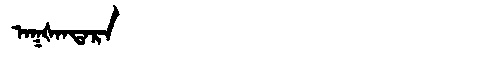
Manchu: ᠠᡴᡧᠠᠨᡨᠠᡵᠠ
Romanization: AKŠANTARA